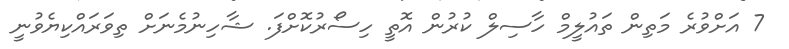
7 އަށްވުރެ މަތިން ތައުލީމް ހާސިލް ކުރުން އޮތީ ހިސޯރުކޮށްފަ. ޝާހިނުމެނަށް ތިވަރައްކިޔެވުނީ